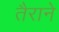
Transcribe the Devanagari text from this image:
तैराने